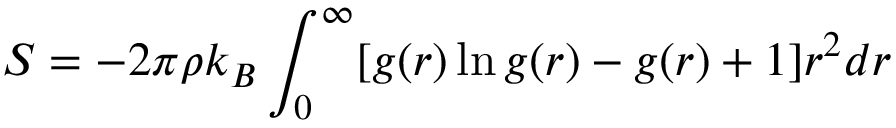
S = - 2 \pi \rho k _ { B } \int _ { 0 } ^ { \infty } [ g ( r ) \ln g ( r ) - g ( r ) + 1 ] r ^ { 2 } d r